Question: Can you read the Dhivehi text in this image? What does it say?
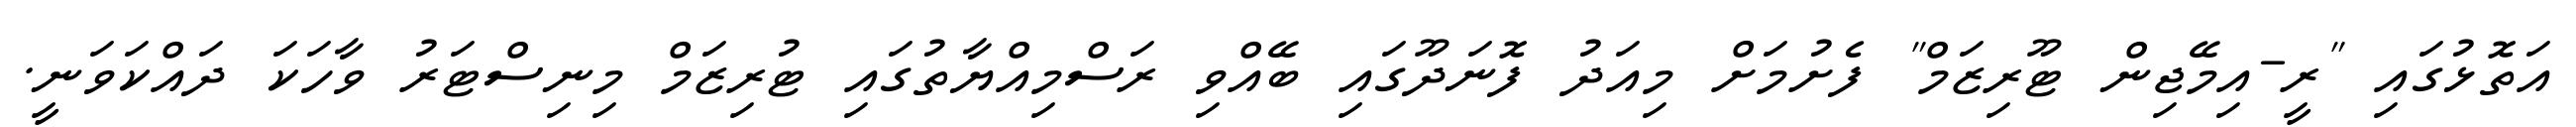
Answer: އަތޮޅުގައި "ރީ-އިމޭޖިން ޓޫރިޒަމް" ފެށުމަށް މިއަދު ފޮނަދޫގައި ބޭއްވި ރަސްމިއްޔާތުގައި ޓުރިޒަމް މިނިސްޓަރު ވާހަކަ ދައްކަވަނީ.